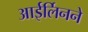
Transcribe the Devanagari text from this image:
आईर्लिनने